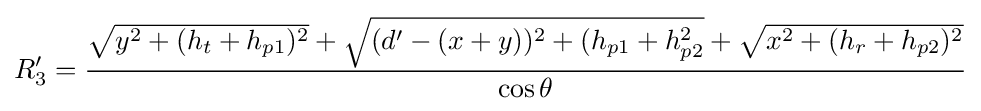
R_{3}'={\frac {{\sqrt {y^{2}+(h_{t}+h_{p1})^{2}}}+{\sqrt {(d'-(x+y))^{2}+(h_{p1}+h_{p2}^{2}}}+{\sqrt {x^{2}+(h_{r}+h_{p2})^{2}}}}{\cos \theta }}